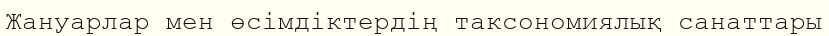
Жануарлар мен өсімдіктердің таксономиялық санаттары